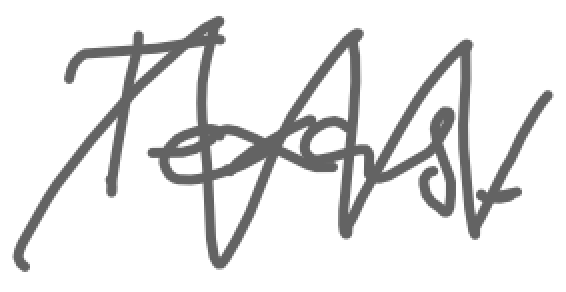
Text: Texas.
Cross-out: zig-zag
Writing tool: digital_gray